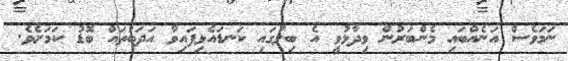
ނަމަވެސް އަނެއްބައި މެންބަރުން ވިދާޅުވީ އެ ބިލުގައި ކަނޑައެޅިފައިވާ އަދަބުތައް ބޮޑު ކަމަށެވެ.